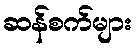
ဆန်စက်များ